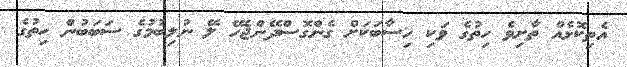
އެތިކޮޅެއް ތާށިވެ ހިތުގެ ވަކި ހިސާބަކަށް ގެންގޮސްދޭންޖެހޭ ލޭ ނުލިބުމުގެ ސަބަބުން ހިތުގެ